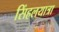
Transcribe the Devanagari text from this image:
सिंहलयात्रा